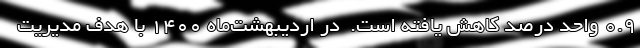
۰.۹ واحد درصد کاهش یافته است.  در اردیبهشت‌ماه ۱۴۰۰ با هدف مدیریت